First report of the anti-malarial operations at Mian Mir, 1901-1903 - Number 6
Year: 1901
Disease focus: Malaria
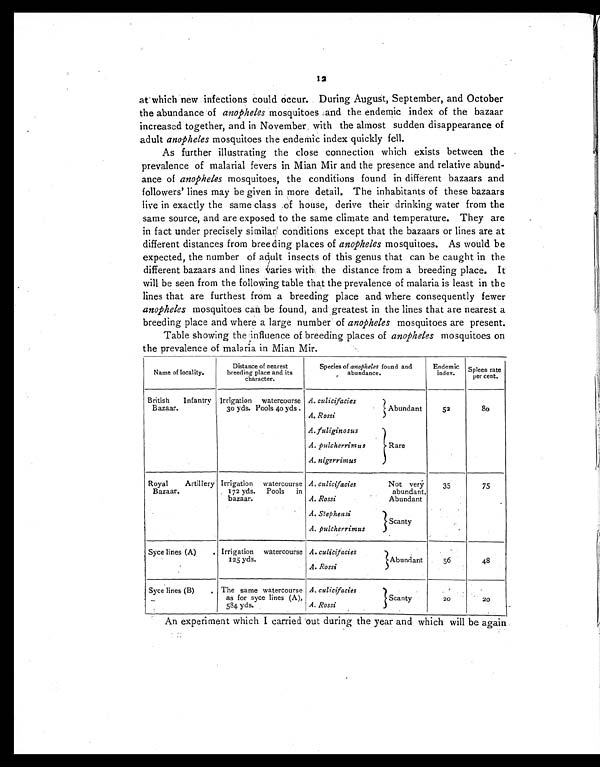
12
at which new infections could occur. During August, September, and October
the abundance of anopheles mosquitoes and the endemic index of the bazaar
increased together, and in November with the almost sudden disappearance of
adult anopheles mosquitoes the endemic index quickly fell.
As further illustrating the close connection which exists between the
prevalence of malarial fevers in Mian Mir and the presence and relative abund-
ance of anopheles mosquitoes, the conditions found in different bazaars and
followers' lines may be given in more detail. The inhabitants of these bazaars
live in exactly the same class of house, derive their drinking water from the
same source, and are exposed to the same climate and temperature. They are
in fact under precisely similar conditions except that the bazaars or lines are at
different distances from breeding places of anopheles mosquitoes. As would be
expected, the number of adult insects of this genus that can be caught in the
different bazaars and lines varies with the distance from a breeding place. It
will be seen from the following table that the prevalence of malaria is least in the
lines that are furthest from a breeding place and where consequently fewer
anopheles mosquitoes can be found, and greatest in the lines that are nearest a
breeding place and where a large number of anopheles mosquitoes are present.
Table showing the influence of breeding places of anopheles mosquitoes on
the prevalence of malaria in Mian Mir.
Name of locality.
Distance of nearest
breeding place and its
character.
Species of anopheles found and
abundance.
Endemic
index.
Spleen rate
per cent.
British Infantry
Bazaar.
Irrigation watercourse
30 yds. Pools 40 yds .
A. culicifacies
Abundant
52
8 0
A. Rossi
A. fuliginosus
Rare
A. pulcherrimus
A. nigerrimus
Royal Artillery
Bazaar.
Irrigation watercourse
172 yds. Pools in
bazaar.
A. culicifacies
Not very
abundant.
Abundant
35
75
A. Rossi
A. Stephensi
Scanty
A. pulcherrimus
Syce lines (A)
Irrigation watercourse
125 yds.
A. culicifacies
Abundant
5 6
4 8
A. Rossi
Syce lines (B)
The same watercourse
as for syce lines (A),
584 yds.
A. culicifacies
Scanty
2 0
2 0
A. Rossi
An experiment which I carried out during the year and which will be again